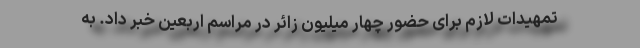
تمهیدات لازم برای حضور چهار میلیون زائر در مراسم اربعین خبر داد. به